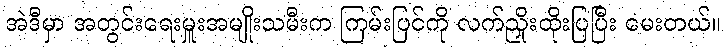
အဲဒီမှာ အတွင်းရေးမှူးအမျိုးသမီးက ကြမ်းပြင်ကို လက်ညှိုးထိုးပြပြီး မေးတယ်။